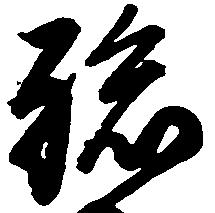
孫